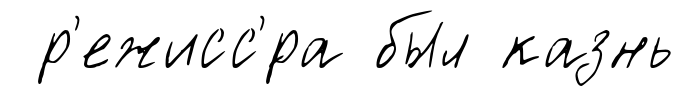
р'ежисс'́ра был казнь